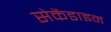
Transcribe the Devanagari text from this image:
सेकेंडाइन